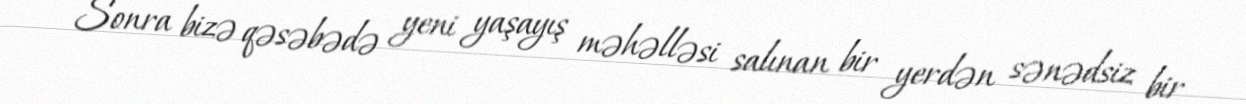
Sonra bizə qəsəbədə yeni yaşayış məhəlləsi salınan bir yerdən sənədsiz bir